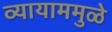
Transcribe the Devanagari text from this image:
व्यायाममुळे